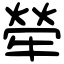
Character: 犖